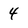
Character: 4